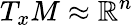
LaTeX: T_{x}M\approx\mathbb{R}^{n}